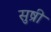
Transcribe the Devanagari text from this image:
सुष्री